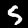
Digit: 5